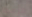
مزعجا